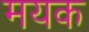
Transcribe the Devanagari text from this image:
मयक